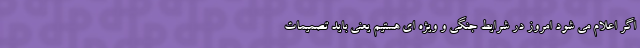
اگر اعلام می شود امروز در شرایط جنگی و ویژه ای هستیم یعنی باید تصمیمات